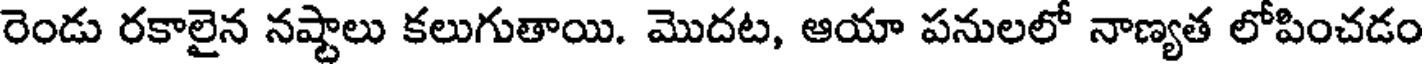
రెండు రకాలైన నష్టాలు కలుగుతాయి. మొదట, ఆయా పనులలో నాణ్యత లోపించడం